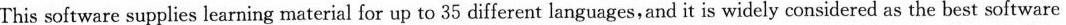
This software supplies learning material for up to 35 different languages,and it is widely considered as the best software